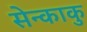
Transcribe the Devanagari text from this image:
सेन्काकु